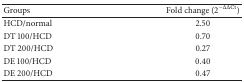
<table><thead><tr><td><b>Groups</b></td><td><b>Fold change (2<sup>−ΔΔCt</sup>)</b></td></tr></thead><tbody><tr><td>HCD/normal</td><td>2.50</td></tr><tr><td>DT 100/HCD </td><td>0.70</td></tr><tr><td>DT 200/HCD</td><td>0.27</td></tr><tr><td>DE 100/HCD</td><td>0.40</td></tr><tr><td>DE 200/HCD</td><td>0.47</td></tr></tbody></table>